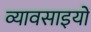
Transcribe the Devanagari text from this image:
व्यावसाइयों